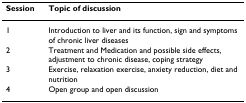
<table><thead><tr><td><b>Session</b></td><td><b>Topic of discussion</b></td></tr></thead><tbody><tr><td>1</td><td>Introduction to liver and its function, sign and symptoms of chronic liver diseases</td></tr><tr><td>2</td><td>Treatment and Medication and possible side effects, adjustment to chronic disease, coping strategy</td></tr><tr><td>3</td><td>Exercise, relaxation exercise, anxiety reduction, diet and nutrition</td></tr><tr><td>4</td><td>Open group and open discussion</td></tr></tbody></table>